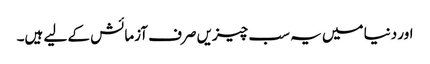
اور دنیا میں یہ سب چیزیں صرف آزمائش کے لیے ہیں۔